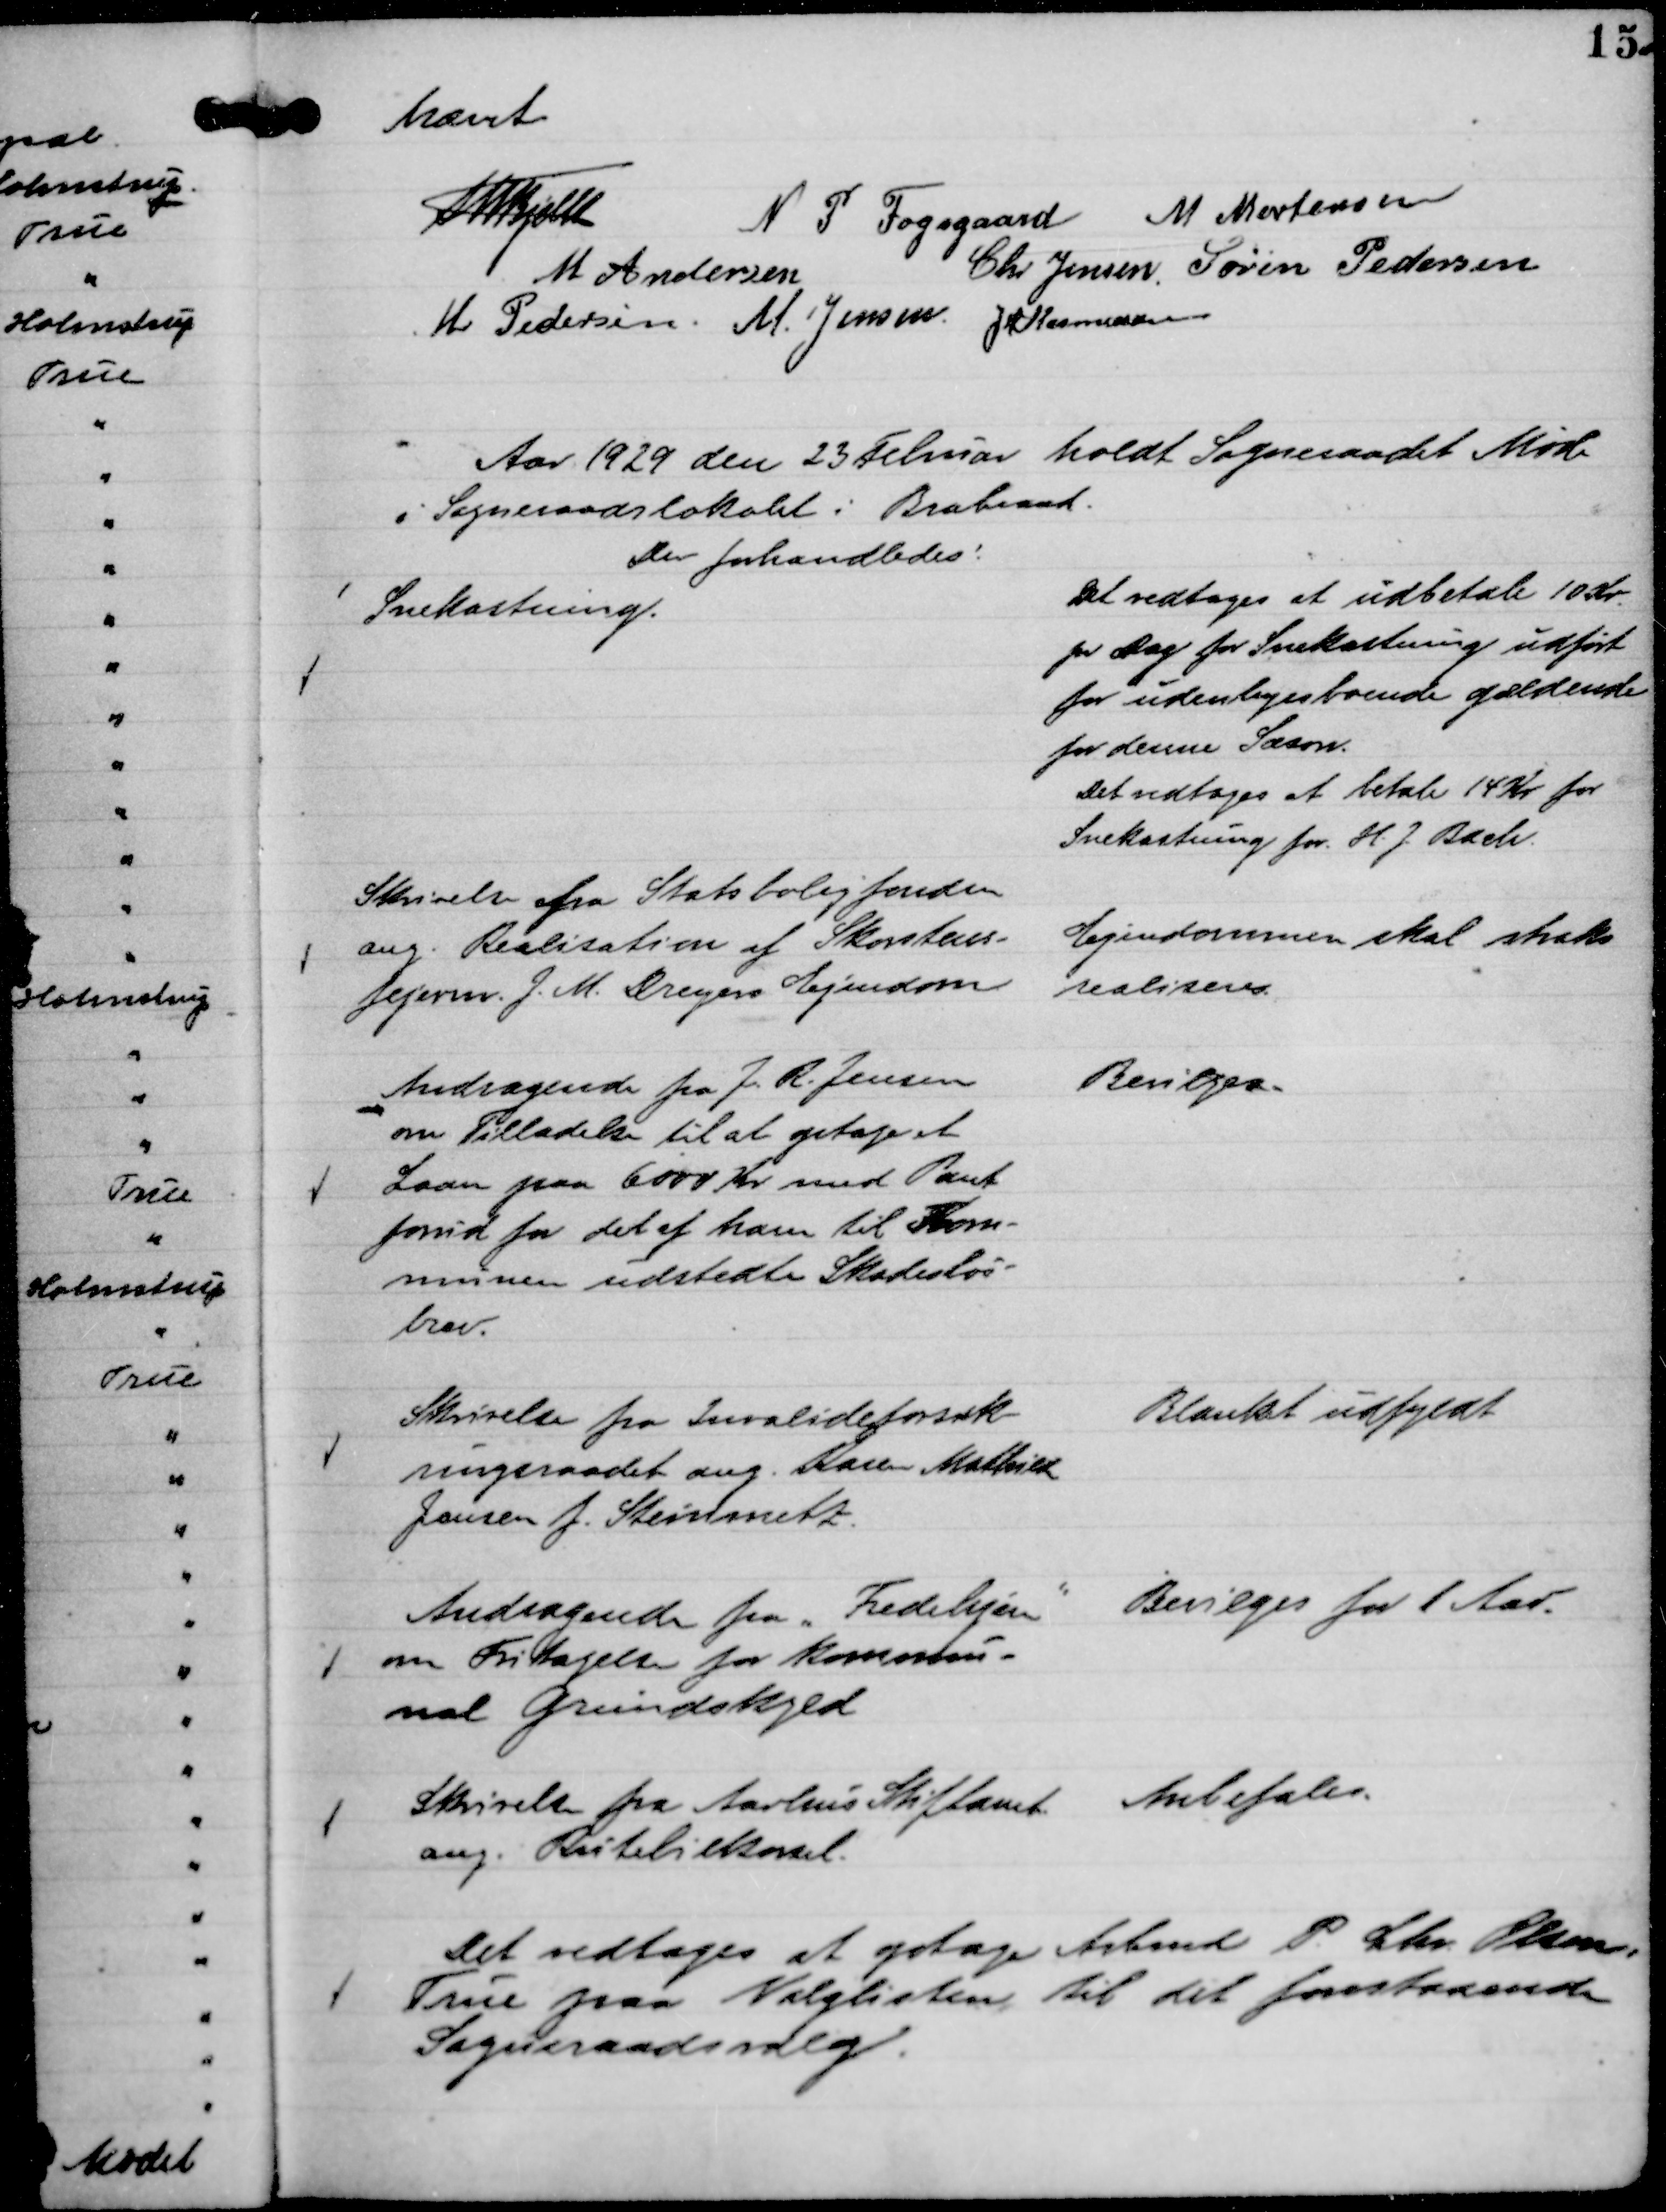
Transskription:
hævet

Th. Bjelke
N P Fogsgaard
M Mortensen
M Andersen
Chr Jensen.
Søren Pedersen
M Pedersen.
M. Jensen.
J M Rasmussen

Aar 1929 den 23 Februar holdt Sogneraadet Møde
i Sogneraadslokalet i Brabrand.
Der forhandledes:

Snekastning.

Det vedtages at udbetale 10 kr.
pr Dag for Snekastning udført
for udenbyesboende gældende
for denne Sæson.
Det vedtages at betale 14 kr for 
Snekastning for H. J. Bach.

Skrivelse fra Statsboligfonden
ang. Realisation af Skorstens-
fejerm. J. M. Dreyers Ejendom

Ejendommen skal straks
realiseres.

Andragende fra J. R. Jensen
om Tilladelse til at optage et
Laan paa 6000 Kr med Pant
forud for det af ham til Kom-
munen udstedte Skadesløs-
brev.

Bevilges.

Skrivelse fra Invalideforsik-
ringeraadet ang. Karen Mathilde
Jensen f. Steinmetz.

Blanket udfyldt

Andragende fra "Fredehjem"

om Fritagelse for kommu-
nal Grundskyld

Bevilges for 1 Aar.

Skrivelse fra Aarhus Stiftamt
ang. Rutebilkørsel.

Anbefales.

Det vedtages at optage Arbmd P. Chr. Olsen,
True paa Valglisten til det forestaaende
Sogneraadsvalg.